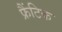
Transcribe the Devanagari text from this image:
फ्रैंटिक